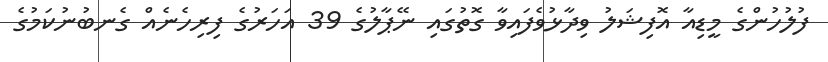
ފުލުހުންގެ މީޑިއާ އޮފިޝަލު ވިދާޅުވެފައިވާ ގޮތުގައި ނޭޕާލުގެ 39 އަހަރުގެ ފިރިހެނެއް ގެނބުނުކަމުގެ